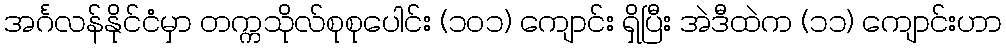
အင်္ဂလန်နိုင်ငံမှာ တက္ကသိုလ်စုစုပေါင်း (၁၀၁) ကျောင်း ရှိပြီး အဲဒီထဲက (၁၁) ကျောင်းဟာ